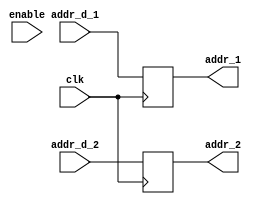
`timescale 1ns / 1ps
//////////////////////////////////////////////////////////////////////////////////
// Company: 
// Engineer: 
// 
// Design Name: 
// Module Name: forwarding
// Project Name: 
// Target Devices: 
// Tool Versions: 
// Description: 
// 
// Dependencies: 
// 
// Revision:
// Revision 0.01 - File Created
// Additional Comments:
// 
//////////////////////////////////////////////////////////////////////////////////


module addr_reg(
    input wire clk, input wire enable,
    input wire [4:0] addr_d_1, input wire [4:0] addr_d_2,
    output wire [4:0] addr_1, output wire [4:0] addr_2
    );
    reg [31:0] addr_1_reg;
    reg [31:0] addr_2_reg;
    always @(posedge clk) begin
        // if (enable) begin
            addr_1_reg <= addr_d_1;
            addr_2_reg <= addr_d_2;
        // end
    end
    assign addr_1 = addr_1_reg;
    assign addr_2 = addr_2_reg;
endmodule